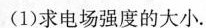
(1)求电场强度的大小.